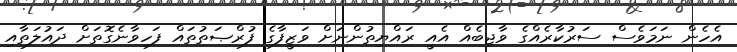
އެހެން ނަމަވެސް ސަރުކާރެއްގެ ވާޖިބެއް އެއީ ރައްޔިތުންނަށް ވަޒީފާގެ ފުރްޞަތުތައް ފަހިވާނެގޮތަށް ދައުލަތާއި